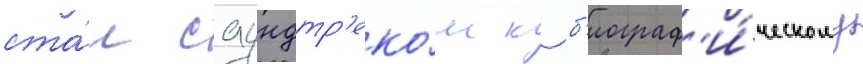
ста́л саундтр'еко́м к б'иограф'и́ческому